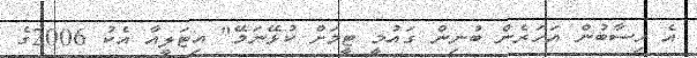
އެ ހިސާބުން އަހަރެން ބުނިން ގައުމީ ޓީމަށް ކުޅޭނަމޭ" އިޓަލީއާ އެކު 2006ގެ